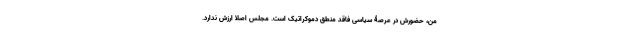
من، حضورش در عرصۀ سیاسی فاقد منطق دموکراتیک است. مجلس اصلا ارزش ندارد.